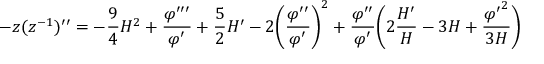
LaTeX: - z ( z ^ { - 1 } ) ^ { \prime \prime } = - \frac { 9 } { 4 } { \cal H } ^ { 2 } + \frac { \varphi ^ { \prime \prime \prime } } { \varphi ^ { \prime } } + \frac { 5 } { 2 } { \cal H } ^ { \prime } - 2 \biggl ( \frac { \varphi ^ { \prime \prime } } { \varphi ^ { \prime } } \biggr ) ^ { 2 } + \frac { \varphi ^ { \prime \prime } } { \varphi ^ { \prime } } \biggl ( 2 \frac { { \cal H } ^ { \prime } } { \cal H } - 3 { \cal H } + \frac { { \varphi ^ { \prime } } ^ { 2 } } { 3 { \cal H } } \biggr )